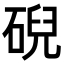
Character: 𥓋